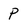
Character: p